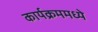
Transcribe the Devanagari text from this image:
कार्यक्रममध्ये